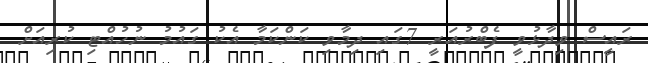
ރައީސް ވިދާޅުވީ ފެބްރުއަރީ 7ގައި ދިމާވި ކަންކަމާ އެކު ގައުމު ނުހުއްޓި ކުރިއަށް